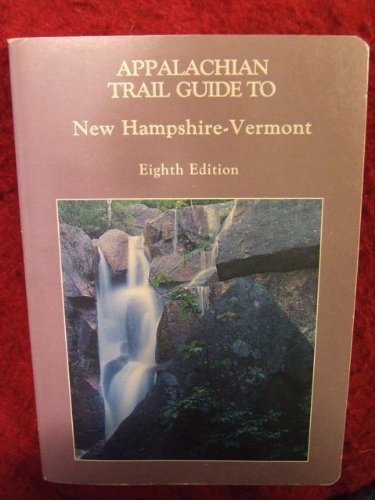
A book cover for Appalachian Trail Guide to New Hampshire-Vermont/With Maps (Appalachian Trail Guide Series); David O. Hooke; Travel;